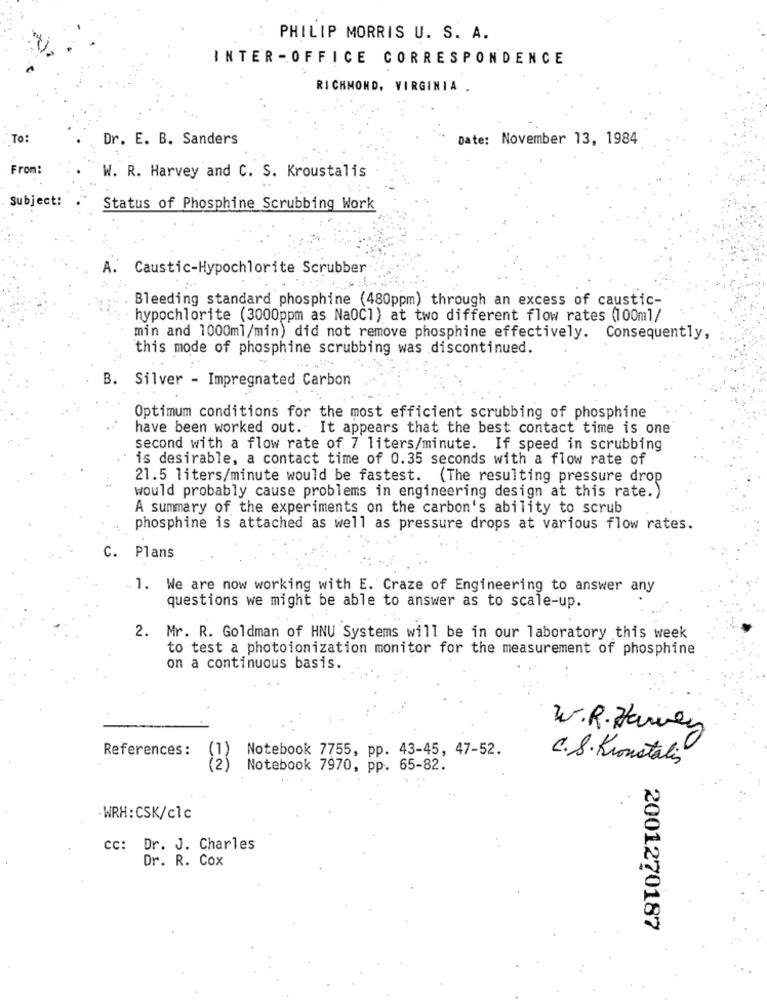
PHILIP MORRIS U. S. A.
INTER - OFFICE CORRESPONDENCE
RICHMOND, VIRGINIA .
To:
Dr. E. B. Sanders
Date: November 13, 1984
From:
W. R. Harvey and C. S. Kroustalis
Subject:
Status of Phosphine Scrubbing Work
A. Caustic-Hypochlorite Scrubber
Bleeding standard phosphine (480ppm) through an excess of caustic-
hypochlorite (3000ppm as Na0Cl) at two different flow rates (100ml/
min and 1000ml/min) did not remove phosphine effectively. Consequently,
this mode of phosphine scrubbing was discontinued.
B. Silver - Impregnated Carbon
Optimum conditions for the most efficient scrubbing of phosphine
have been worked out. It appears that the best contact time is one
second with a flow rate of 7 liters/minute. If speed in scrubbing
is desirable, a contact time of 0.35 seconds with a flow rate of
21.5 liters/minute would be fastest.
(The resulting pressure drop
would probably cause problems in engineering design at this rate.)
A summary of the experiments on the carbon's ability to scrub
phosphine is attached as well as pressure drops at various flow rates.
C. Plans
1. We are now working with E. Craze of Engineering to answer any
questions we might be able to answer as to scale-up.
2. Mr. R. Goldman of HNU Systems will be in our laboratory this week
to test a photoionization monitor for the measurement of phosphine
on a continuous basis.
W.R. Harvey
References :
Notebook 7755, pp. 43-45, 47-52.
C. S. Kronstalis
(2)
Notebook 7970, pp. 65-82.
WRH : CSK/clc
CC: Dr. J. Charles
Dr. R. Cox
2001270187